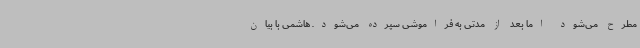
مطرح می‌شود اما بعد از مدتی به فراموشی سپرده می‌شود. هاشمی با بیان